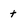
Character: t